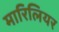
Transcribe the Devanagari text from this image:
मारिलियर